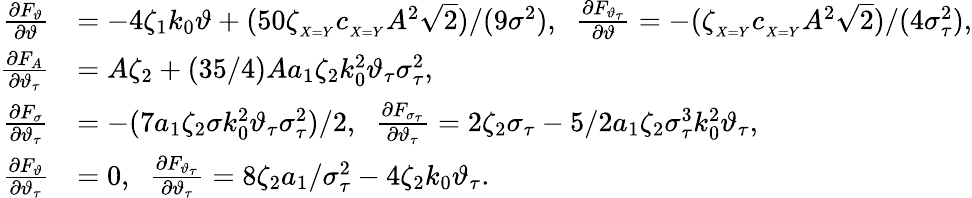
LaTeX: \begin{array}{rl}{\frac{\partial F_{\vartheta}}{\partial\vartheta}}&{=-4\zeta_{1}k_{0}\vartheta+(50\zeta_{_{X=Y}}c_{_{X=Y}}A^{2}\sqrt{2})/(9\sigma^{2}),\; \; \frac{\partial F_{\vartheta_{\tau}}}{\partial\vartheta}=-(\zeta_{_{X=Y}}c_{_{X=Y}}A^{2}\sqrt{2})/(4\sigma_{\tau}^{2}),}\\ {\frac{\partial F_{A}}{\partial\vartheta_{\tau}}}&{=A\zeta_{2}+(35/4)Aa_{1}\zeta_{2}k_{0}^{2}\vartheta_{\tau}\sigma_{\tau}^{2},}\\ {\frac{\partial F_{\sigma}}{\partial\vartheta_{\tau}}}&{=-(7a_{1}\zeta_{2}\sigma k_{0}^{2}\vartheta_{\tau}\sigma_{\tau}^{2})/2,\; \; \frac{\partial F_{\sigma_{\tau}}}{\partial\vartheta_{\tau}}=2\zeta_{2}\sigma_{\tau}-5/2a_{1}\zeta_{2}\sigma_{\tau}^{3}k_{0}^{2}\vartheta_{\tau},}\\ {\frac{\partial F_{\vartheta}}{\partial\vartheta_{\tau}}}&{=0,\; \; \frac{\partial F_{\vartheta_{\tau}}}{\partial\vartheta_{\tau}}=8\zeta_{2}a_{1}/\sigma_{\tau}^{2}-4\zeta_{2}k_{0}\vartheta_{\tau}.}\end{array}